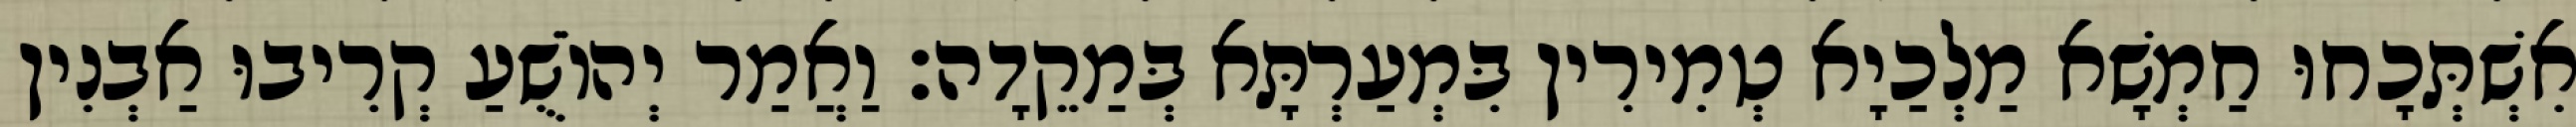
אִשְׁתְּכָחוּ חַמְשָׁא מַלְכַיָא טְמִירִין בִּמְעַרְתָּא בְּמַקֵדָה׃ וַאֲמַר יְהוֹשֻׁעַ קְרִיבוּ אַבְנִין